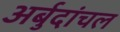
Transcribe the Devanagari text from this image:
अर्बुदांचल